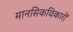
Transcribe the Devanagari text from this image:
मानसिकविकारों